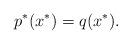
LaTeX: \begin{align*}p^{\ast }(x^{\ast })=q(x^{\ast }). \end{align*}